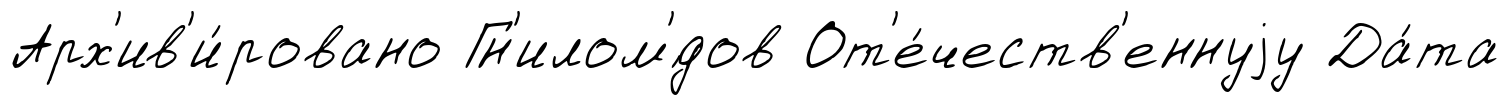
Арх'ив'и́ровано Гн'илом'́дов От'е́честв'еннуjу Да́та